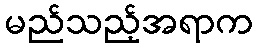
မည်သည့်အရာက